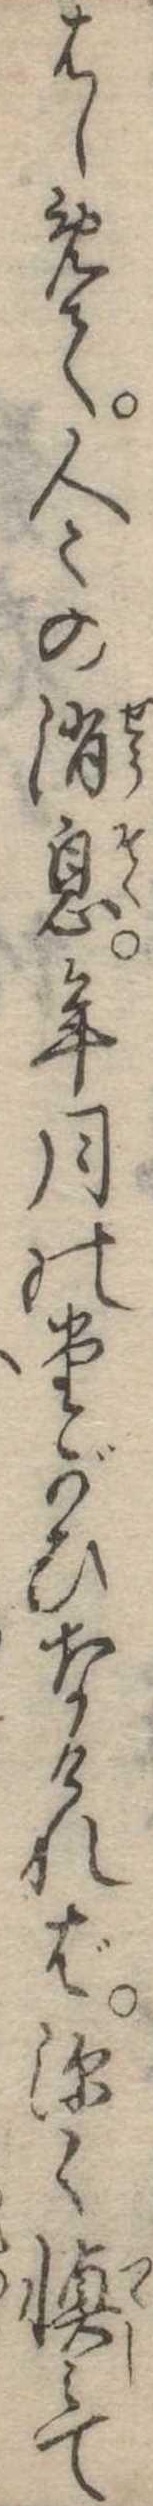
はしめて人の消息年月のたがひなければ深く慎みて